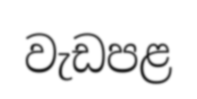
වැඩපළ